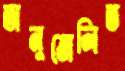
অনুত্তোলিত